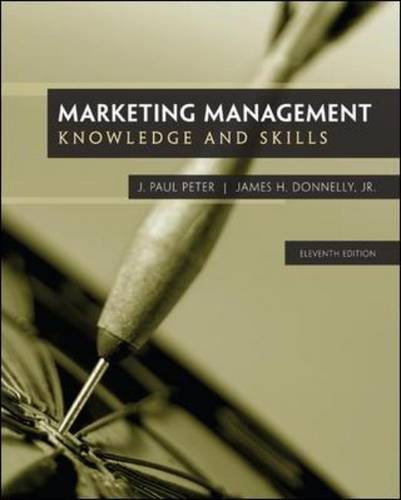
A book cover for Marketing Management: Knowledge and Skills, 11th Edition; J. Paul Peter; Business & Money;